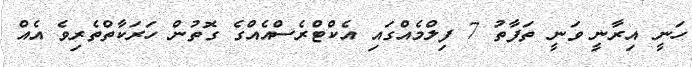
ހަނީ އިރާނީ ވަނީ ތަފާތު 7 ފިލްމެއްގައި އެކްޓްރެސްއެއްގެ ގޮތުން ހަރަކާތްތެރިވެ އެއް